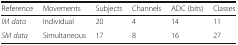
<table><thead><tr><td><b>Reference</b></td><td><b>Movements</b></td><td><b>Subjects</b></td><td><b>Channels</b></td><td><b>ADC (bits)</b></td><td><b>Classes</b></td></tr></thead><tbody><tr><td><i>IM data</i></td><td>Individual</td><td>20</td><td>4</td><td>14</td><td>11</td></tr><tr><td><i>SM data</i></td><td>Simultaneous</td><td>17</td><td>8</td><td>16</td><td>27</td></tr></tbody></table>